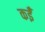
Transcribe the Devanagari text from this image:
कईँ